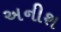
અનીશ